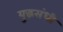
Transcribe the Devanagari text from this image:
युद्धसंधी